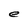
Character: e